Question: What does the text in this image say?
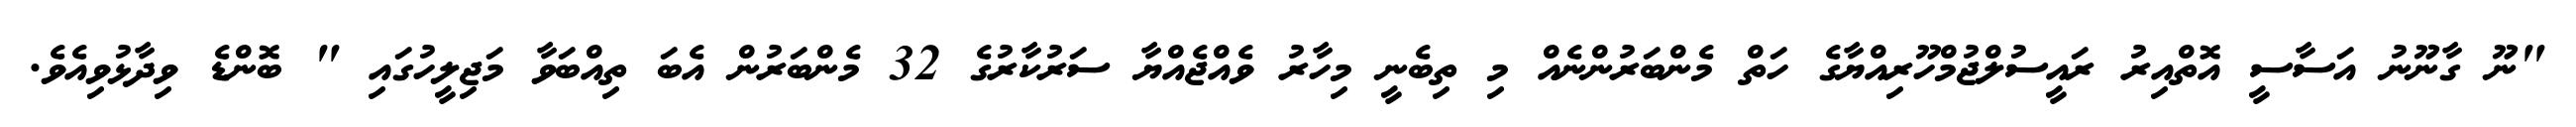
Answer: "ނޫ ގާނޫނު އަސާސީ އޮތްއިރު ރައީސުލްޖުމްހޫރިއްޔާގެ ހަތް މެންބަރުންނެއް މި ތިބެނީ މިހާރު ވެއްޖެއްޔާ ސަރުކާރުގެ 32 މެންބަރުން އެބަ ތިއްބަވާ މަޖިލީހުގައި " ބޮންޑެ ވިދާޅުވިއެވެ.